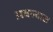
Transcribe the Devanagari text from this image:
अचल्दास